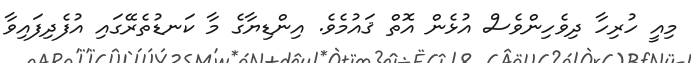
މިއީ ހުރިހާ ދިވެހިންވެސް އުޅެން އޮތް ޤައުމެވެ. އިންޑިޔާގެ މާ ކަނޑުތެރޭގައި އުފެދިފައިވާ